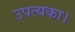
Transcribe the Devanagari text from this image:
उपत्यका।